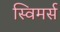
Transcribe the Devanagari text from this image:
स्विमर्स